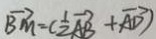
\overrightarrow { B M } = ( \frac { 1 } { 2 } \overrightarrow { A B } + \overrightarrow { A D } )